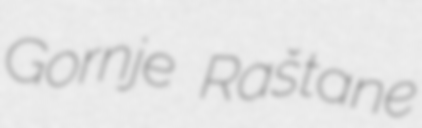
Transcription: Gornje Raštane